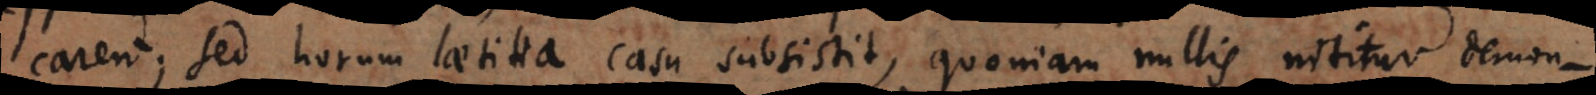
carent; sed horum laetitia casu subsistit, quoniam nullis nititur demon